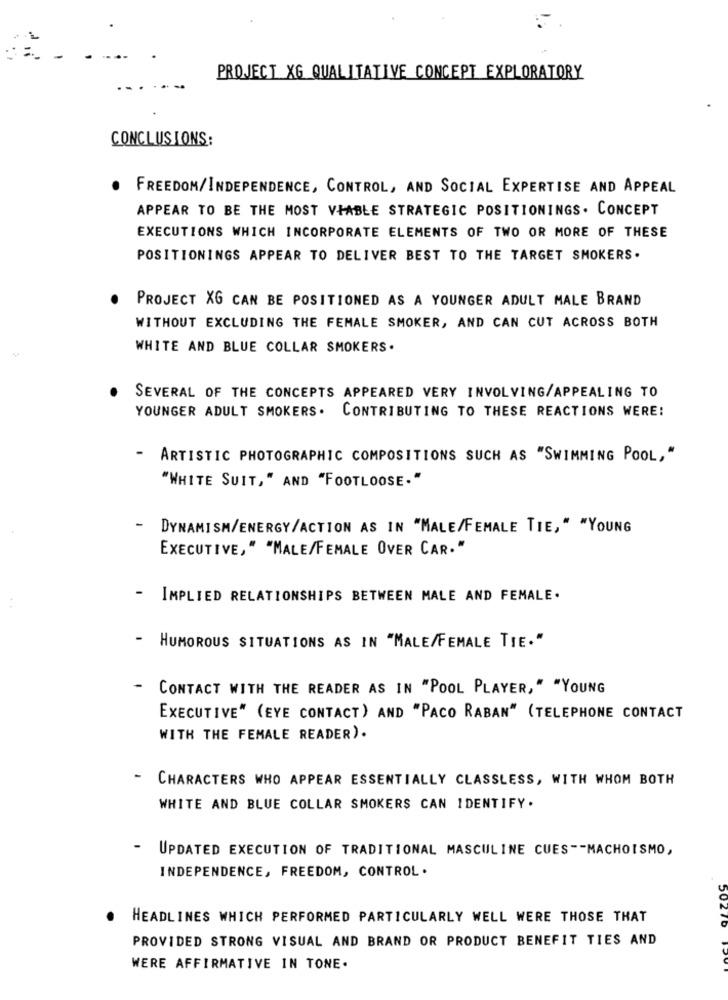
PROJECT XG QUALITATIVE CONCEPT EXPLORATORY
CONCLUSIONS:
.
FREEDOM/INDEPENDENCE, CONTROL, AND SOCIAL EXPERTISE AND APPEAL
APPEAR TO BE THE MOST VIABLE STRATEGIC POSITIONINGS. CONCEPT
EXECUTIONS WHICH INCORPORATE ELEMENTS OF TWO OR MORE OF THESE
POSITIONINGS APPEAR TO DELIVER BEST TO THE TARGET SMOKERS.
PROJECT XG CAN BE POSITIONED AS A YOUNGER ADULT MALE BRAND
WITHOUT EXCLUDING THE FEMALE SMOKER, AND CAN CUT ACROSS BOTH
WHITE AND BLUE COLLAR SMOKERS.
SEVERAL OF THE CONCEPTS APPEARED VERY INVOLVING/APPEALING TO
YOUNGER ADULT SMOKERS.
CONTRIBUTING TO THESE REACTIONS WERE:
-
ARTISTIC PHOTOGRAPHIC COMPOSITIONS SUCH AS "SWIMMING POOL,"
"WHITE SUIT, " AND "FOOTLOOSE."
- DYNAMISM/ENERGY/ACTION AS IN "MALE/FEMALE TIE," "YOUNG
EXECUTIVE," "MALE/FEMALE OVER CAR."
-
IMPLIED RELATIONSHIPS BETWEEN MALE AND FEMALE.
- HUMOROUS SITUATIONS AS IN "MALE/FEMALE TIE."
CONTACT WITH THE READER AS IN "POOL PLAYER," "YOUNG
EXECUTIVE" (EYE CONTACT) AND "PACO RABAN" (TELEPHONE CONTACT
WITH THE FEMALE READER).
CHARACTERS WHO APPEAR ESSENTIALLY CLASSLESS, WITH WHOM BOTH
WHITE AND BLUE COLLAR SMOKERS CAN IDENTIFY.
UPDATED EXECUTION OF TRADITIONAL MASCULINE CUES -- MACHOISMO,
INDEPENDENCE, FREEDOM, CONTROL .
20C
HEADLINES WHICH PERFORMED PARTICULARLY WELL WERE THOSE THAT
PROVIDED STRONG VISUAL AND BRAND OR PRODUCT BENEFIT TIES AND
WERE AFFIRMATIVE IN TONE.